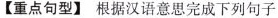
【重点句型】根据汉语意思完成下列句子